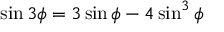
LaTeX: \sin 3 \phi = 3 \sin \phi - 4 \sin ^ { 3 } \phi \,